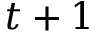
t + 1